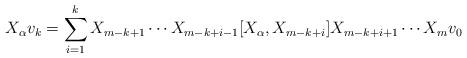
LaTeX: \begin{align*} X_{\alpha} v_k = \sum_{i=1}^{k} X_{m-k+1} \cdots X_{m-k+i-1} [ X_{\alpha} , X_{m-k+i} ] X_{m-k+i+1} \cdots X_m v_0\end{align*}